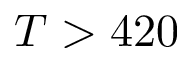
T > 4 2 0